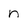
Character: n